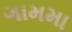
ગામમા